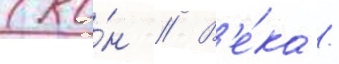
(ко́н // В'е́ка /